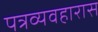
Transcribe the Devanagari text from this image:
पत्रव्यवहारास